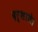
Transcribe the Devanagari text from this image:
दर्शाते।